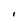
Character: i